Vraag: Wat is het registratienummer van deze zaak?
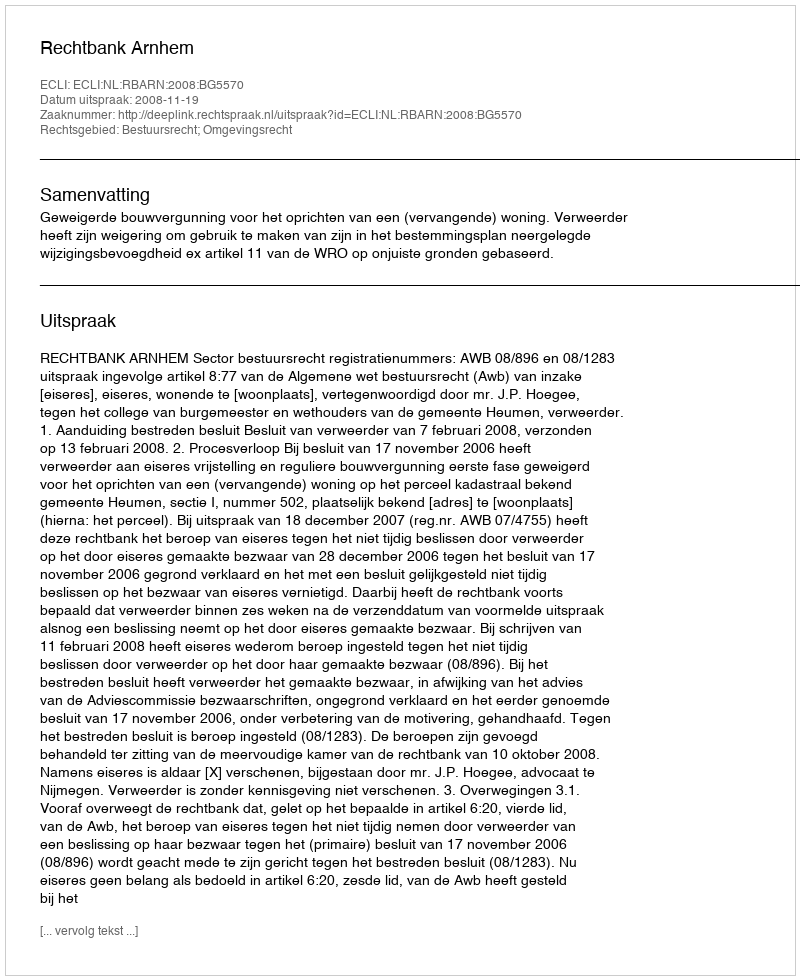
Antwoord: http://deeplink.rechtspraak.nl/uitspraak?id=ECLI:NL:RBARN:2008:BG5570